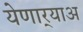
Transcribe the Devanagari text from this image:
येणार्‍याअ